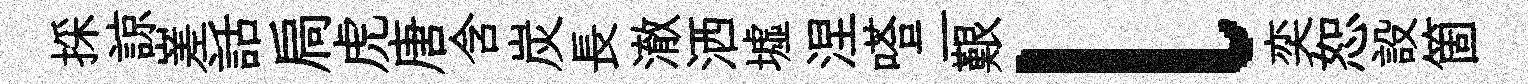
採諒嵳話扃虎唐含炭長澈洒墟涅嗒二艱l奕恕設箇